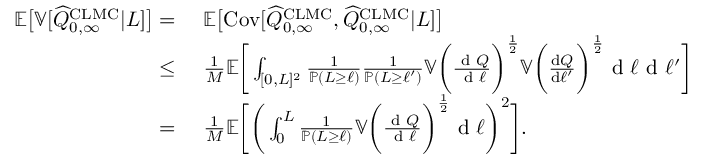
\begin{array} { r l } { { \mathbb { E } } \big [ { \mathbb { V } } [ \widehat { Q } _ { 0 , \infty } ^ { \mathrm { C L M C } } | L ] \big ] = } & { \ { \mathbb { E } } \big [ \mathrm { C o v } [ \widehat { Q } _ { 0 , \infty } ^ { \mathrm { C L M C } } , \widehat { Q } _ { 0 , \infty } ^ { \mathrm { C L M C } } | L ] \big ] } \\ { \leq } & { \ \frac { 1 } { M } { \mathbb { E } } \bigg [ \int _ { [ 0 , L ] ^ { 2 } } \frac { 1 } { { \mathbb { P } } ( L \geq \ell ) } \frac { 1 } { { \mathbb { P } } ( L \geq \ell ^ { \prime } ) } { \mathbb { V } } \bigg ( \frac { \textup { d } Q } { \textup { d } \ell } \bigg ) ^ { \frac { 1 } { 2 } } { \mathbb { V } } \bigg ( \frac { \mathrm { d } Q } { \mathrm { d } \ell ^ { \prime } } \bigg ) ^ { \frac { 1 } { 2 } } \textup { d } \ell \textup { d } \ell ^ { \prime } \bigg ] } \\ { = } & { \ \frac { 1 } { M } { \mathbb { E } } \bigg [ \bigg ( \int _ { 0 } ^ { L } \frac { 1 } { { \mathbb { P } } ( L \geq \ell ) } { \mathbb { V } } \bigg ( \frac { \textup { d } Q } { \textup { d } \ell } \bigg ) ^ { \frac { 1 } { 2 } } \textup { d } \ell \bigg ) ^ { 2 } \bigg ] . } \end{array}